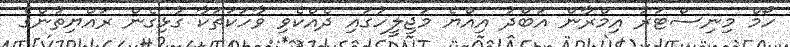
ހޯމް މިނިސްޓަރު އިމްރާން އަބްދު އިއްޔެ މަޖިލީހުގައި ދެއްކެވި ވާހަކަތަކާ ގުޅިގެން ރައްޔިތުންގެ